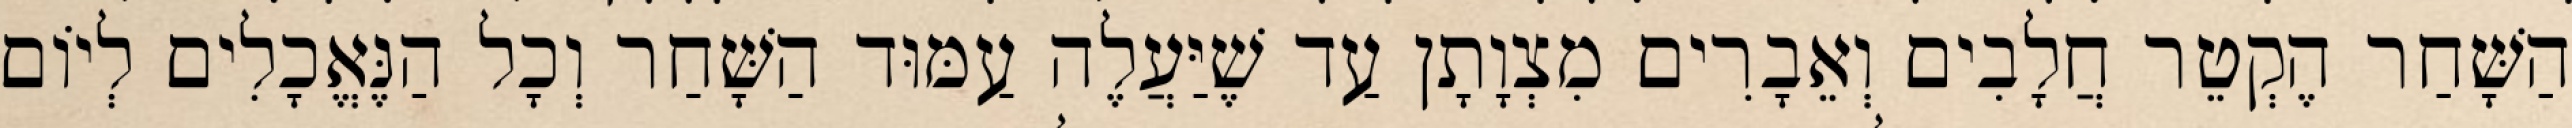
הַשָּׁחַר הֶקְטֵר חֲלָבִים וְאֵבָרִים מִצְוָתָן עַד שֶׁיַּעֲלֶה עַמּוּד הַשָּׁחַר וְכָל הַנֶּאֱכָלִים לְיוֹם